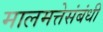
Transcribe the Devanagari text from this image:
मालमत्तेसंबंधी